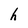
Character: h